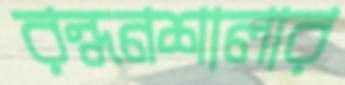
রন্ধনশালার